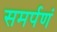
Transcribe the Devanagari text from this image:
समर्पणं